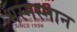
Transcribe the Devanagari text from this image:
भस्मस्नान